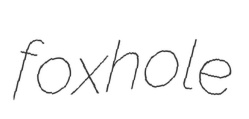
foxhole